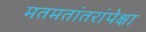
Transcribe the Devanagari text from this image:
मतमतांतरांपेक्षा